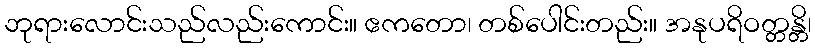
ဘုရားလောင်းသည်လည်းကောင်း။ ဧကတော၊ တစ်ပေါင်းတည်း။ အနုပရိဝတ္တန္တိ၊